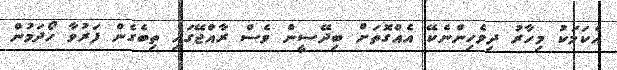
އެކަމަކު މިހާރު ދިވެހިންނެކޭ އެއްގޮތަށް ބިދޭސީން ވެސް ރާއްޖޭގައި ތިބެގެން ފަރުވާ ހޯދަމުން